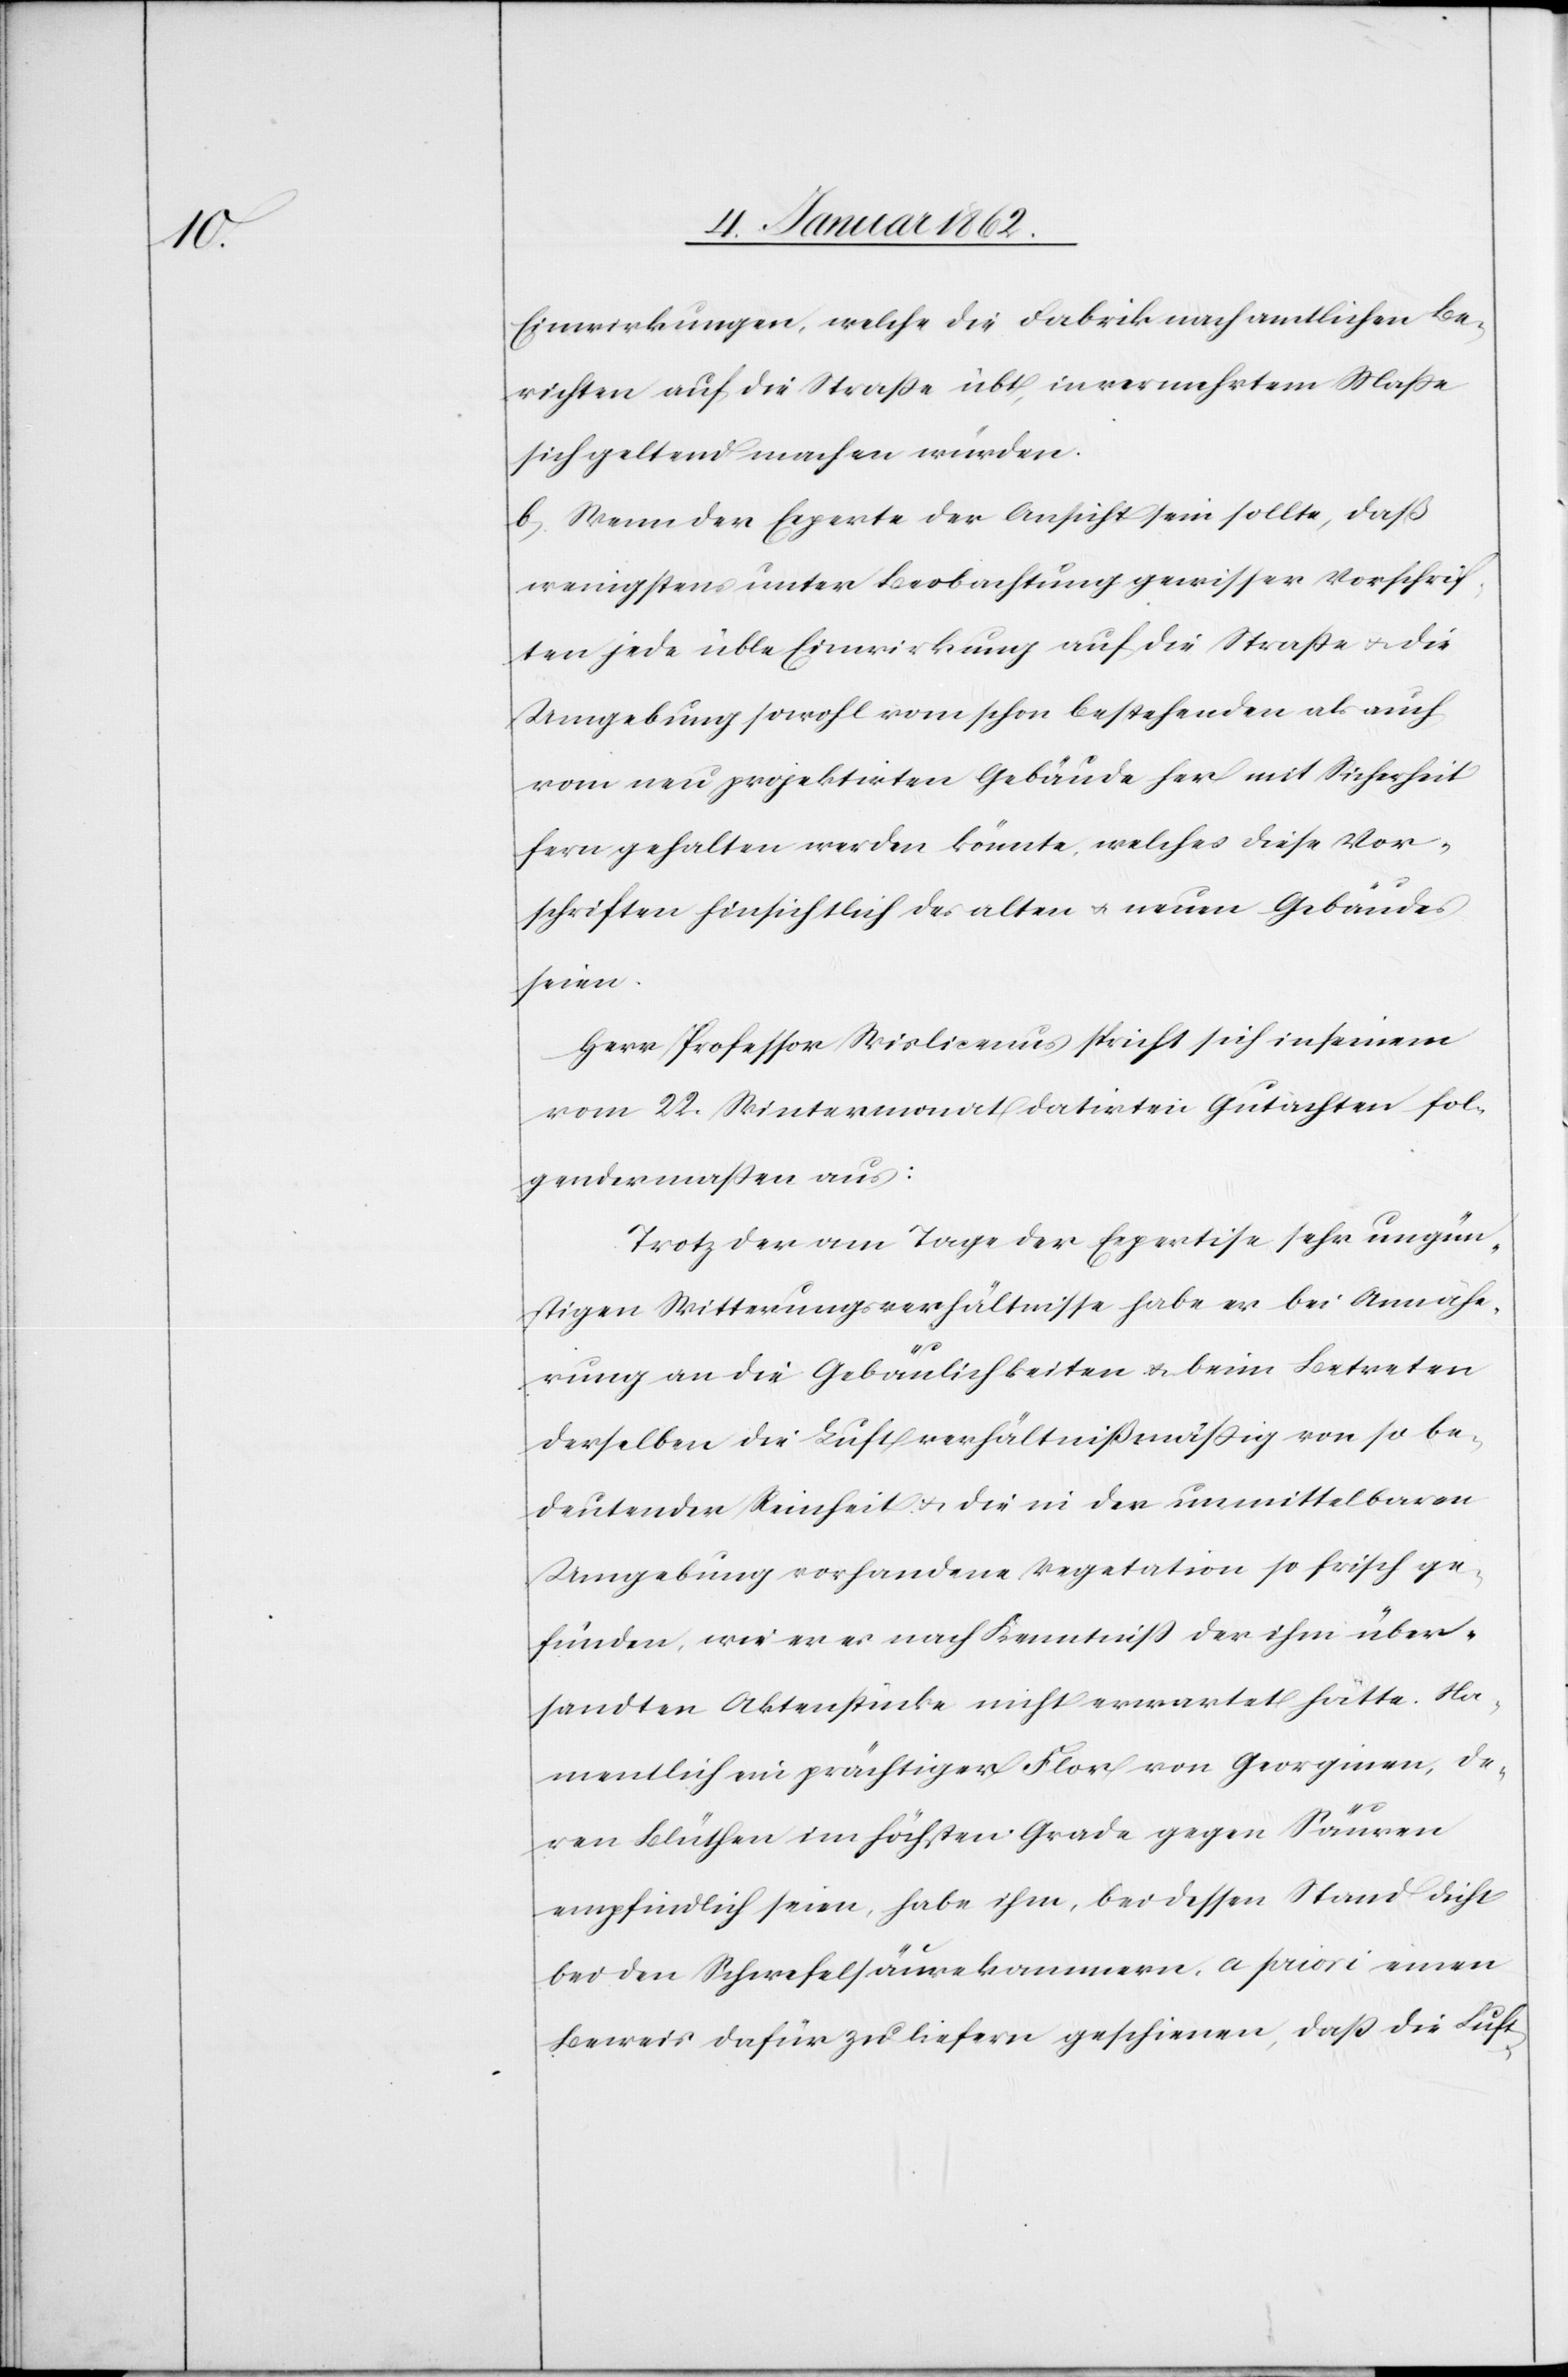
Einwirkungen, welche die Fabrik nach amtlichen Be¬
richten auf die Straße übt, in vermehrtem Maße
sich geltend machen würden.
b Wenn der Experte der Ansicht sein sollte, daß
wenigstens unter Beobachtung gewisser Vorschrif¬
ten jede üble Einwirkung auf die Straße u. die
Umgebung sowohl vom schon bestehenden als auch
vom neu projektirten Gebäude her mit Sicherheit
fern gehalten werden könnte, welches diese Vor¬
schriften hinsichtlich des alten u. neuen Gebäudes
seien.
Herr Professor Wislicenus spricht sich in seinem
vom 22. Wintermonat datirten Gutachten fol¬
gendermaßen aus:
Trotz der am Tage der Expertise sehr ungün¬
stigen Witterungsverhältnisse habe er bei Annähe¬
rung an die Gebäulichkeiten u. beim Betreten
derselben die Luft verhältnißmäßig von so be¬
deutender Reinheit u. die in der unmittelbaren
Umgebung vorhandene Vegetation so frisch ge¬
funden, wie er es nach Kenntniß der ihm über¬
sandten Aktenstücke nicht erwartet hätte. Na¬
mentlich ein prächtiger Flor von Georginen, de¬
ren Blüthen im höchsten Grade gegen Säuren
empfindlich seien, habe ihm, bei dessen Stand dicht
bei den Schwefelsäurekammern, a priori einen
Beweis dafür zu liefern geschienen, daß die Luft-